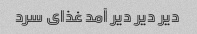
دیر دیر دیر آمد غذای سرد